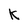
Character: K